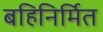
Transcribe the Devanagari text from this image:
बहिनिर्मित